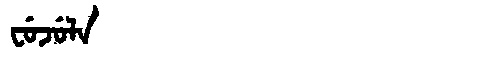
Manchu: ᠸᡠᠵᡠᠯᠠ
Romanization: FUJULA